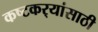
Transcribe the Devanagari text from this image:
कष्टकर्‍यांसाठी